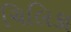
ચિલિકા